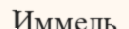
Иммель